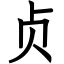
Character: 贞